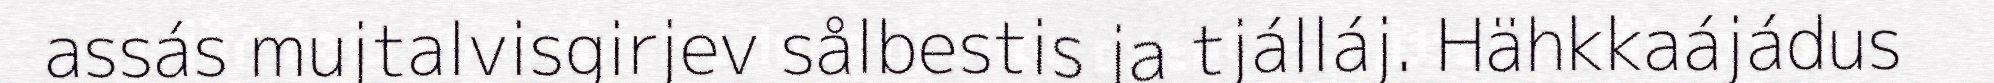
assás mujtalvisgirjev sålbestis ja tjálláj. Hähkkaájádus